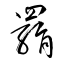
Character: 羂